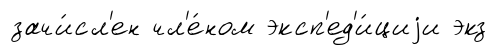
зачи́сл'ен чл'е́ном эксп'ед'и́циjи экз